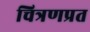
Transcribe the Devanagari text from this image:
चित्रणप्रत